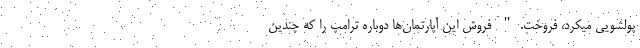
پولشویی میکرد، فروخت." فروش این آپارتمان‌ها دوباره ترامپ را که چندین